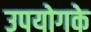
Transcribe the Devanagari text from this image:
उपयोगके